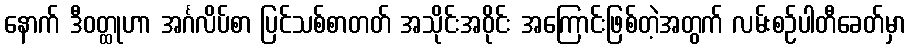
နောက် ဒီဝတ္ထုဟာ အင်္ဂလိပ်စာ ပြင်သစ်စာတတ် အသိုင်းအဝိုင်း အကြောင်းဖြစ်တဲ့အတွက် လမ်းစဉ်ပါတီခေတ်မှာ